Report on vaccination in the Province of Bengal - 1874-1889
Year: 1874
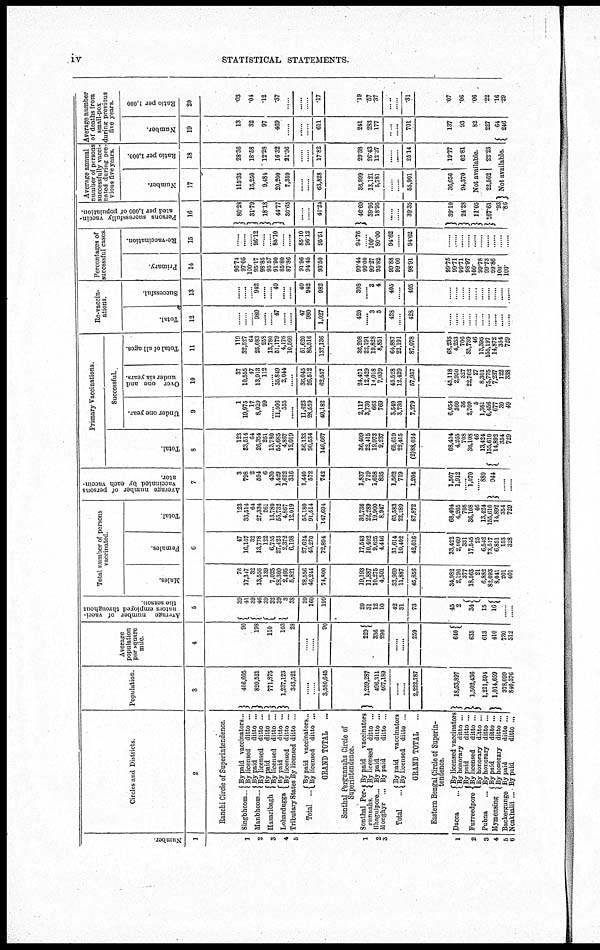
iv
STATISTICAL STATEMENTS.
Number.
1
1
2
3
4
5
1
2
3
1
2
3
4
5
6
Circles and Districts.
2
Ranchi Circle of Superintendence.
Singbhoom...
Manbhoom...
Hazaribagh
Lobardugga
By paid vaccinators...
By licensed ditto ...
By paid
ditto ...
By licensed ditto ...
By paid
ditto ...
By licensed ditto ...
By paid
ditto ...
By licensed ditto ...
Tributary States By licensed ditto ...
Total ... By paid vaccinators...
By licensed ditto ...
GRAND TOTAL
...
Sonthal Pergunnahs Circle of
Superintendence.
Sonthal Per-
minnahs.
By paid
vaccinators
By licensed ditto ...
Bhagulpore... By paid
ditto ...
Monghyr ... By paid
ditto ...
Total
... By paid vaccinators
By licensed ditto ...
GRAND TOTAL
...
Eastern Bengal Circle of Superin-
tendence.
Dacca
...
Furreedpore
Pubna ...
Mymensing ...
Bockergunge ...
Noakhalii ...
By licensed vaccinators
By honorary ditto ...
By paid
ditto ...
By licensed ditto ...
By honorary ditto ...
By honorary ditto ...
By paid
ditto ...
By honorary ditto ... .
By paid
ditto ...
Bypaid
ditto ...
Population.
3
406,605
820,521
771,875
1,237,123
343,521
......
...... 3,530,015
1,259,287
496,311
467,189
......
...... 2,222,787
18,53,897
1,502,436
1,211,594
1,014,659
378,099
840,376
Average
population
per square
mile.
4
90
193
110
103
28
......
...... 90
229
336
290
......
...... 259
640
635
613
410
730
512
Average number of vacci-
nators employed throughout
the season.
5
39
41
39
46
39
32
39
3
38
39
160
199
20
31
12
10
42
31
73
45
2
34
15
16
......
Total number of persons
vaccinated.
Males.
Females.
Total.
6
76
17,347
32
13,556
139
7,025
28,309
2,495
5,821
28,556
46,244
74,800
19,193
11,887
10,275
4,501
33,969
11,887
45,856
34,982
2,196
377
18,563
21
6,882
82,093
8,041
201
401
47
16,167
32
13,778
122
6,755
27,423
2,372
6,198
27,624
45,270
72,804
17,543
10,402
9,625
4,446
31,614
10,402
42,016
33,422
2,069
331
17,545
25
6,542
73,517
6,851
153
328
123
33,514
64
27,334
261
13,780
55,732
4,867
12,019
56,180
91,514
147,694
36,736
22,289
19,900
8,947
65,583
22,289
87,872
68,404
4,265
708
36,108
46
13,424
155,610
14,892
354
729
Average number of persons
vaccinated by each vaccin-
ator.
7
3
798
2
594
6
430
1,429
1,622
316
1,440
572
742
1,837
719
1,658
895
1,562
719
1,204
1,507
1,912
...... 1,070
...... 880
944
...... ......
Primary Vaccinations.
Total.
8
123
33,514
64
26,354
261
13,780
55,685
4,867
12,019
56,133
90,534
146,667
36,409
22,415
19,973
9,237
65,619
22,415
(2)88,034
68,404
4,265
708
36,108
46
13,424
155,610
14,892 354
729
Successful.
Under one year.
9
1
19,975
17
8,029
99
...... 11,506
555
...... 11,623
28,559
40,182
2,117
3,730
663
769
3,549
3,730
7,279
6,054
360
36
2,709
5
1,361
6,456
677
39
49
Over one and
under six years.
10
37
10,555
47
13,913
112
...... 35,849
2,044
...... 36,045
26,512
62,557
24,471
12,429
14,018
7,039
45,528
12,429
57,957
45,118
2,950
327
22,762
27
8,301
75,775
7,237
122
338
Total of all ages.
11
119
32,527
64
25,083
258
13,780
51,179
4,176
10,560
51,620
85,516
137,136
36,208
22,191
19,828
8,851
64,887
22,191
87,078
68,235
4,253
706
35,739
46
13,395
155,197
14,872
354
729
Re-vaccin-
ations.
Total.
12
......
...... ...... 980
...... ...... 47
...... ...... 47
980
1,027
420
...... 3
5
428
...... 428
......
...... ...... ...... ...... ...... ...... ...... ......
......
Successful.
13
......
...... ...... 942
...... ...... 40
...... ...... 40
942
982
398
...... 3
4
405
...... 405
......
...... ...... ...... .....
...... ...... ...... ...... ......
Percentages of
successful cases.
Primary.
14
96.74
97.05
100.
95.17
98.85
95.57
91.90
85.80
87.86
91.96
94.45
93.50
99.44
99.00
99.27
95.82
99.88
99.00
9891
99.75
99.71
99.71
98.97
100.
99.78
99.73
99.86
100.
100.
Re-vaccination.
15
......
...... ...... 96.12
...... 85.10
...... ......
85.10
96.12
95.51
94.76
...... 100.
80.00
94.62
...... 94.62
......
...... ...... ...... ...... ...... ...... ...... ...... ......
Persons successfully vaccin-
ated per 1,000 of population.
16
80.28
31.79
18.18
44.77
30.65
......
...... 41.24
46.69
39.95
18.95
...... 39.35
39.10
24.28
11.05
167.61
.93
.86
Average annual
number of persons
successfully vacci-
nated during pre-
vious five years.
Number.
17
115.35
15,250
9,484
20,200
7,359
......
...... 63,828
36,999
13,121
5,781
......
...... 55,901
36,656
94,370
Ratio per 1,000.
18
28.36
18.58
12.28
16.32
21.36
......
...... 17.82
29.38
26.43
12.37
......
...... 25.14
19.77
62.81
Not available.
22,562
22.23
Not available.
Average number
of deaths from
small-pox
during previous
five years.
Number.
19
13
32
97
469
......
......
...... 611
241
283
177
......
...... 701
137
93
82
227
64
246
Ratio per 1,000
20
.03
.04
.12
.37
......
......
...... .17
.19
.57
.37
......
...... .31
.07
.06
.06
.22
.16 .29